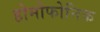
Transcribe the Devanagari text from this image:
होमोफोनिक